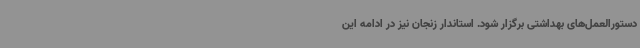
دستورالعمل‌های بهداشتی برگزار شود. استاندار زنجان نیز در ادامه این